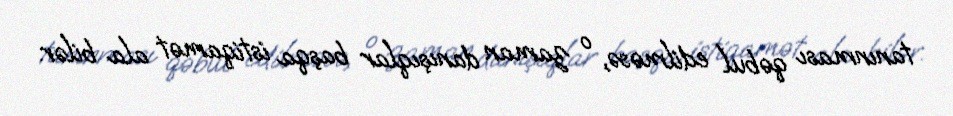
tanınması qəbul edilməsə, o zaman danışıqlar başqa istiqamət ala bilər.